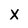
Character: X